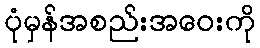
ပုံမှန်အစည်းအဝေးကို